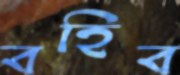
বহিব